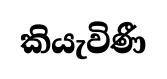
කියැවිණී